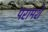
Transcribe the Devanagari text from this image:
परामर्शे